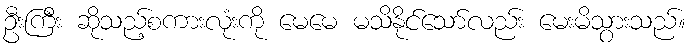
ဦးကြီး ဆိုသည့်စကားလုံးကို မေမေ မသိနိုင်သော်လည်း မေးမိသွားသည်။